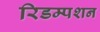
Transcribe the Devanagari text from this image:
रिडम्‍पशन